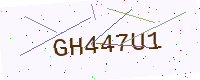
Text: GH447U1